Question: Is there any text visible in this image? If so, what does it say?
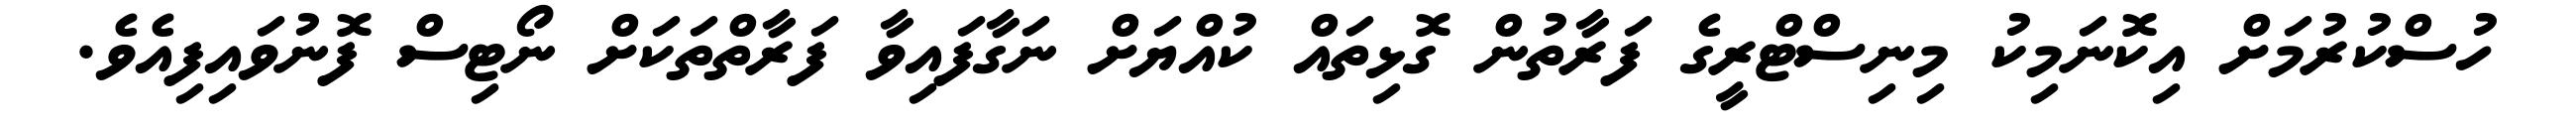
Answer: ހުސްކުރުމަށް އިކޮނަމިކު މިނިސްޓްރީގެ ފަރާތުން ގޮޅިތައް ކުއްޔަށް ނަގާފައިވާ ފަރާތްތަކަށް ނޯޓިސް ފޮނުވައިފިއެވެ.